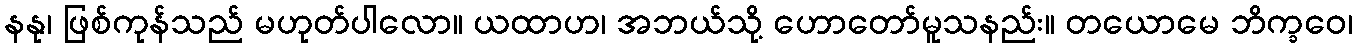
နနု၊ ဖြစ်ကုန်သည် မဟုတ်ပါလော။ ယထာဟ၊ အဘယ်သို့ ဟောတော်မူသနည်း။ တယောမေ ဘိက္ခဝေ၊